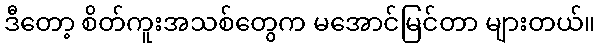
ဒီတော့ စိတ်ကူးအသစ်တွေက မအောင်မြင်တာ များတယ်။